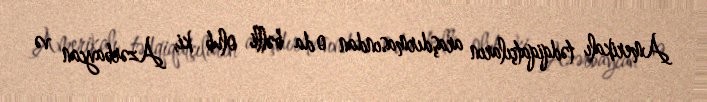
Amerikalı tədqiqatçıların araşdırmasından o da bəlli olub ki, Azərbaycan və